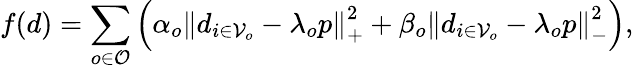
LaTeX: f(d)=\sum_{o\in\mathcal{O}}\left(\alpha_{o}\left\| d_{i\in\mathcal{V}_{o}}-\lambda_{o}p\right\| _{+}^{2}+\beta_{o}\left\| d_{i\in\mathcal{V}_{o}}-\lambda_{o}p\right\| _{-}^{2}\right),